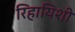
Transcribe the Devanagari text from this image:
रिहायिशी